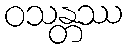
ဝသန္တဿ